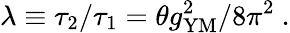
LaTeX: \lambda\equiv\tau_{2}/\tau_{1}=\theta g_{\mathrm{YM}}^{2}/8\pi^{2}~.